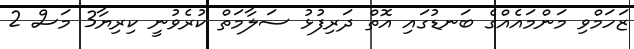
ޒަހަމްވި މަންމައެއްގެ ބަނޑުގައި އޮތް ދަރިފުޅު ސަލާމަތް ކުރެވުނީ ކިރިޔާ3 މަސް 2